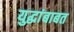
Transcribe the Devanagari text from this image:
युद्धांबाबत